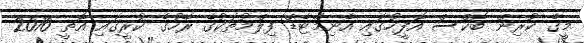
މީގެ ކުރިން ބޮކްސް އޮފީހުގައި އެނިމޭޓެޑް ފިލްމުތަކުގެ ރޭހުގެ ކުރީގައި އޮތީ 2010